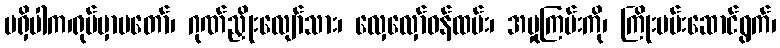
မရှိပါက၊ရုပ်မှာမတော်၊ ဂုဏ်ညှိုးလျော်သား၊ လှေလှော်ဝန်ထမ်း၊ အမှုကြမ်းကို၊ ကြိုးပမ်းဆောင်ရွက်၊